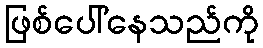
ဖြစ်ပေါ်နေသည်ကို